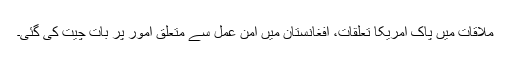
ملاقات میں پاک امریکا تعلقات، افغانستان میں امن عمل سے متعلق امور پر بات چیت کی گئی۔